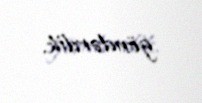
göndərdik.